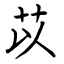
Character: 苡